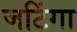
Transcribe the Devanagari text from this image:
जटिंगा